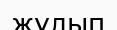
жұлып